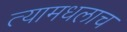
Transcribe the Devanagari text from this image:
त्यामधलाच